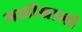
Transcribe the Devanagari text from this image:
गाडीखाली